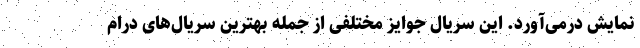
نمایش درمی‌آورد. این سریال جوایز مختلفی از جمله بهترین سریال‌های درام